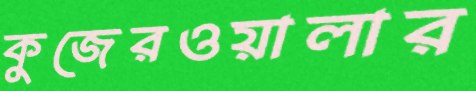
কুজেরওয়ালার